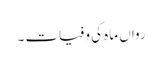
رواں ماہ کی وفیات ۔